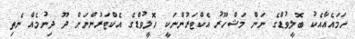
ހަމައެއާއެކު ބޮލީވުޑްގެ ނަން މަޝްހޫރު އެކްޓަރުންނަކީ ހޮލީވުޑްގެ އެކްޓަރުންނަށް ދޫ ދިނުމެއް ނެތި